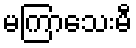
မကြာသေးမီ